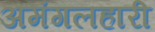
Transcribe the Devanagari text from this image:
अमंगलहारी